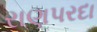
રાણપરદા